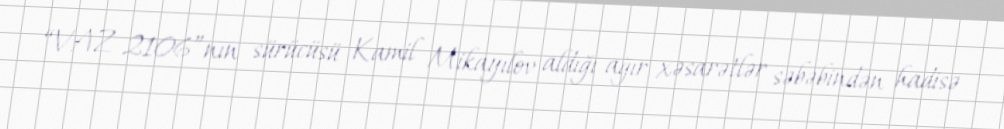
“VAZ 2106”nın sürücüsü Kamil Mikayılov aldığı ağır xəsarətlər səbəbindən hadisə